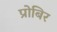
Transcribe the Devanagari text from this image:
प्रोबिर